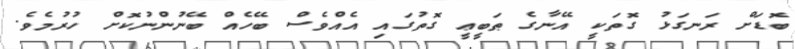
ބޮޑަށް ރަނގަޅު ގޮތަކީ އޭނާގެ ޠަބީޢީ ގޮތުގައި އެއްވެސް ބޭހެއް ބޭނުންނުކޮށް ހުރުމެވެ.